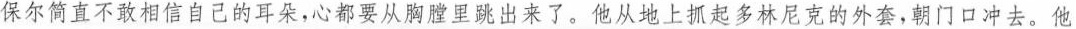
”保尔简直不敢相信自己的耳朵，心都要从胸膛里跳出来了。他从地上抓起多林尼克的外套，朝门口冲去。他